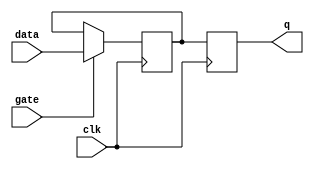
module Gated_D_latch_flip_flop (
    input wire data,
    input wire gate,
    input wire clk,
    output reg q
);

reg d;

always @(posedge clk) begin
    if (gate) begin
        d <= data;
    end
end

always @(posedge clk) begin
    q <= d;
end

endmodule